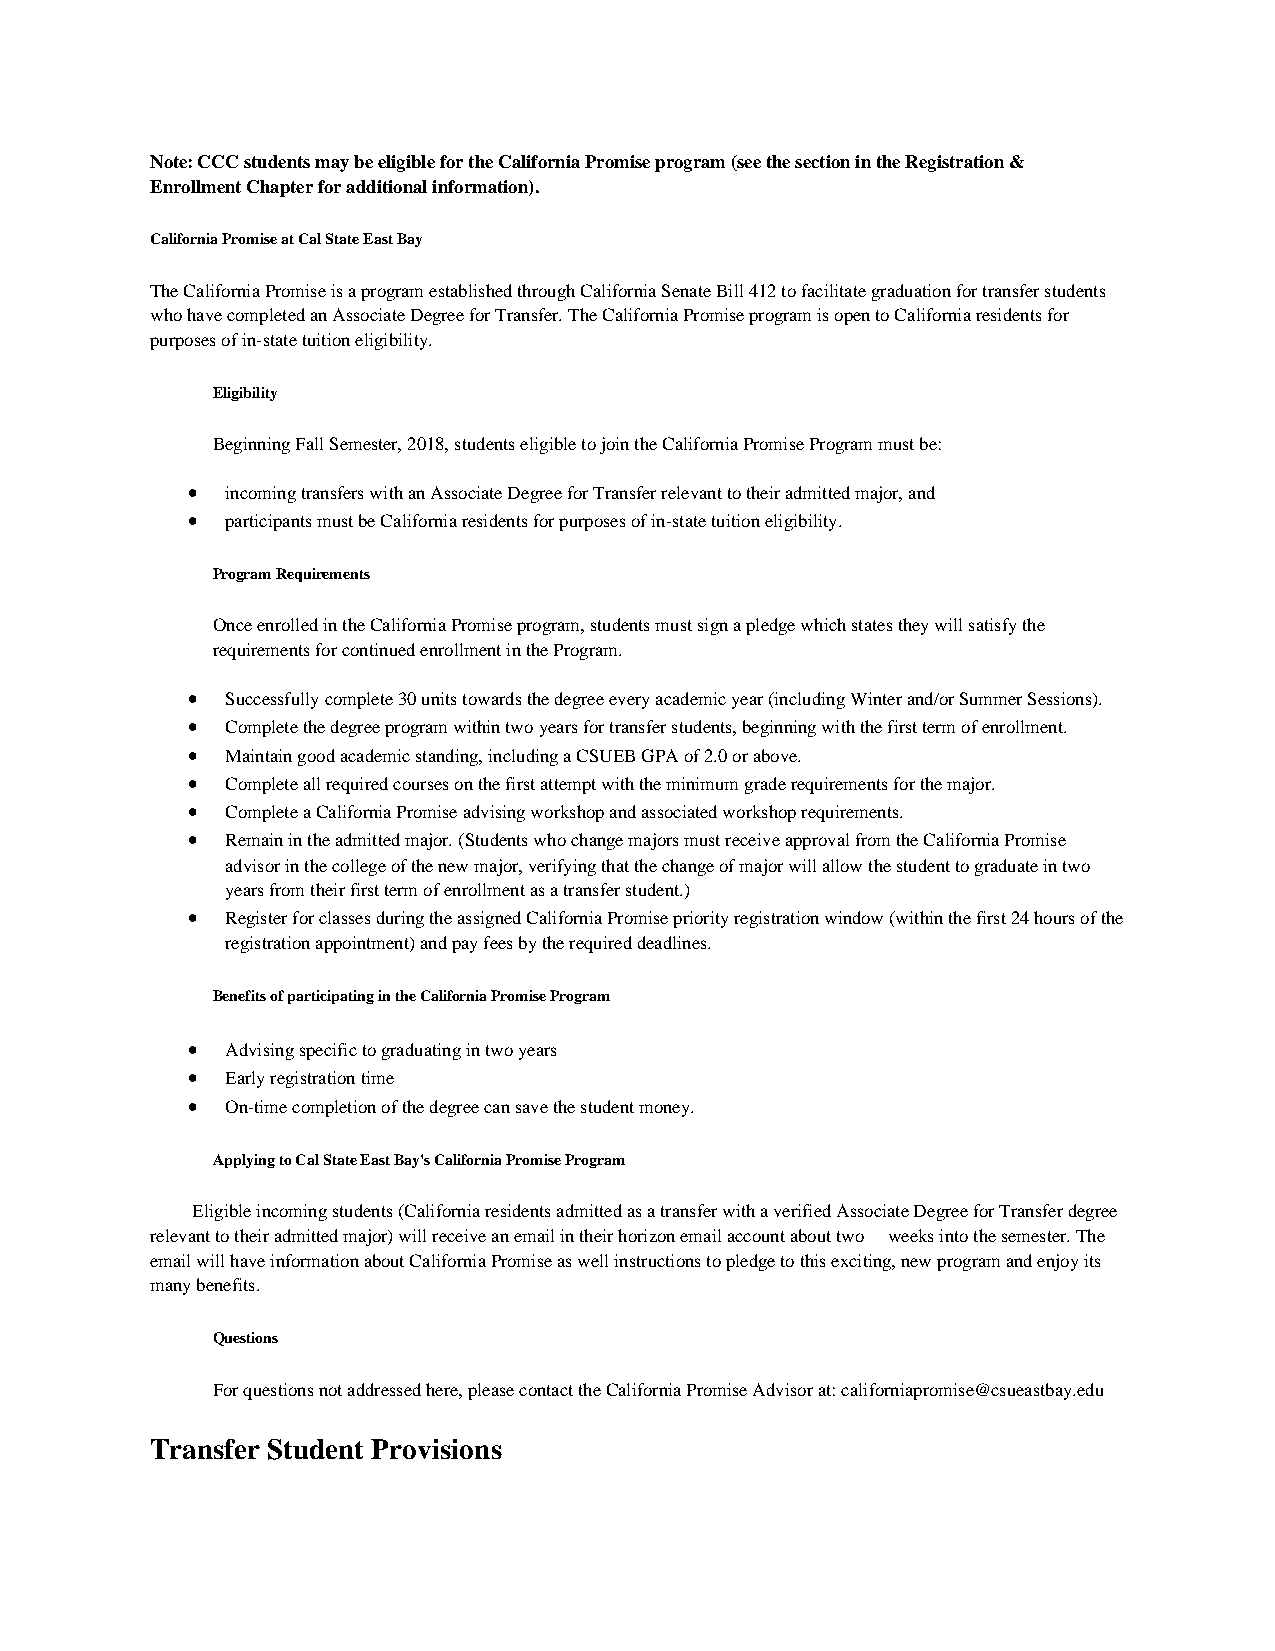
Note: CCC students may be eligible for the California Promise program (see the section in the Registration &
 Enrollment Chapter for additional information).
 California Promise at Cal State East Bay
 The California Promise is a program established through California Senate Bill 412 to facilitate graduation for transfer students
 who have completed an Associate Degree for Transfer. The California Promise program is open to California residents for
 purposes of in-state tuition eligibility.
 Eligibility
 Beginning Fall Semester, 2018, students eligible to join the California Promise Program must be:
 •  incoming transfers with an Associate Degree for Transfer relevant to their admitted major, and
 •  participants must be California residents for purposes of in-state tuition eligibility.
 Program Requirements
 Once enrolled in the California Promise program, students must sign a pledge which states they will satisfy the
 requirements for continued enrollment in the Program.
 •  Successfully complete 30 units towards the degree every academic year (including Winter and/or Summer Sessions).
 •  Complete the degree program within two years for transfer students, beginning with the first term of enrollment.
 •  Maintain good academic standing, including a CSUEB GPA of 2.0 or above.
 •  Complete all required courses on the first attempt with the minimum grade requirements for the major.
 •  Complete a California Promise advising workshop and associated workshop requirements.
 •  Remain in the admitted major. (Students who change majors must receive approval from the California Promise
 advisor in the college of the new major, verifying that the change of major will allow the student to graduate in two
 years from their first term of enrollment as a transfer student.)
 •  Register for classes during the assigned California Promise priority registration window (within the first 24 hours of the
 registration appointment) and pay fees by the required deadlines.
 Benefits of participating in the California Promise Program
 •  Advising specific to graduating in two years
 •  Early registration time
 •  On-time completion of the degree can save the student money.
 Applying to Cal State East Bay's California Promise Program
 Eligible incoming students (California residents admitted as a transfer with a verified Associate Degree for Transfer degree
 relevant to their admitted major) will receive an email in their horizon email account about two weeks into the semester. The
 email will have information about California Promise as well instructions to pledge to this exciting, new program and enjoy its
 many benefits.
 Questions
 For questions not addressed here, please contact the California Promise Advisor at: californiapromise@csueastbay.edu
 Transfer Student Provisions